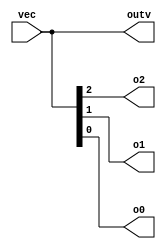
module top_module(
	input [2:0] vec, 
	output [2:0] outv,
	output o2,
	output o1,
	output o0
);
	
	assign outv = vec;

	// This is ok too: assign {o2, o1, o0} = vec;
	assign o0 = vec[0];
	assign o1 = vec[1];
	assign o2 = vec[2];
	
endmodule